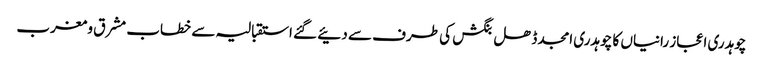
چوہدری اعجاز رانیاں کا چوہدری امجد ڈھل بنگش کی طرف سے دئیے گئے استقبالیہ سے خطاب	 مشرق و مغرب